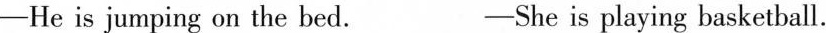
-He is jumping on the bed. -She is playing basketball.